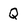
Character: Q